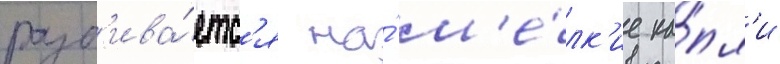
разб'ива́етс'я на́ м'е́лк'ие ка́пл'и